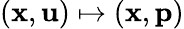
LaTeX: (\mathbf{x},\mathbf{u})\mapsto(\mathbf{x},\mathbf{p})